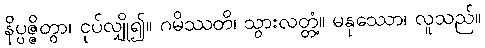
နိပ္ပဇ္ဇိတွာ၊ ငုပ်လျှို၍။ ဂမိဿတိ၊ သွားလတ္တံ့။ မနုဿော၊ လူသည်။